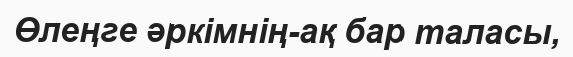
Өлеңге әркімнің-ақ бар таласы,